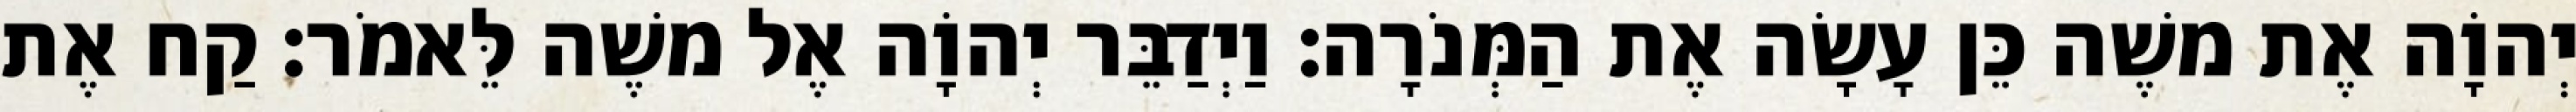
יְהוָֹה אֶת משֶׁה כֵּן עָשָׂה אֶת הַמְּנֹרָה׃ וַיְדַבֵּר יְהוָֹה אֶל משֶׁה לֵּאמֹר׃ קַח אֶת